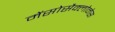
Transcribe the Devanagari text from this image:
मेंसोसैक्लोनेस